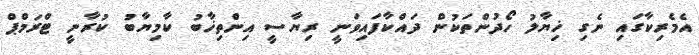
އެމެރިކާގައި ނެގި ޚިޔާލު ހޯދުންތަކުން ދައްކާފައިވަނީ ރިޔާސީ އިންތިޚާބު ކާމިޔާބު ކުރާނީ ޓްރަމްޕް